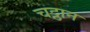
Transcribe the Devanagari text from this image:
चट्ठान